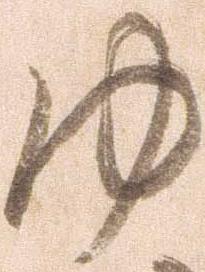
ゆ